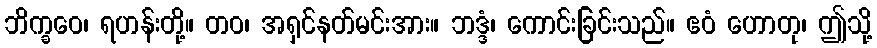
ဘိက္ခဝေ၊ ရဟန်းတို့။ တဝ၊ အရှင်နတ်မင်းအား။ ဘဒ္ဒံ၊ ကောင်းခြင်းသည်။ ဧဝံ ဟောတု၊ ဤသို့